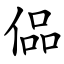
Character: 偘